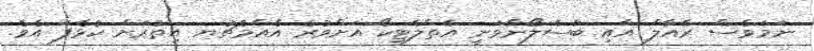
ނަމަވެސް ރެއާލް އާއި ބާސެލޯނާވަނީ އެތްލެޓިކޯ އަށްވުރެ އެއްމެޗުޔ އިތުރަށް ކުޅެފަ އެވެ.